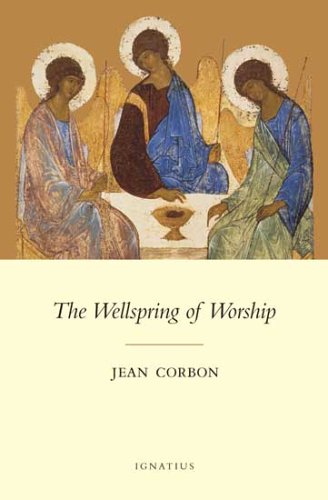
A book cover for The Wellspring of Worship; Jean Corbon; Christian Books & Bibles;